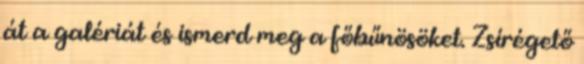
át a galériát és ismerd meg a főbűnösöket. Zsírégető